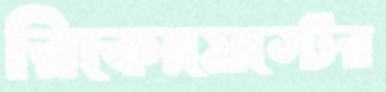
রিকোয়েস্টের